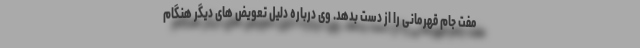
مفت جام قهرمانی را از دست بدهد. وی درباره دلیل تعویض های دیگر هنگام